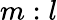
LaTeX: m:l